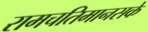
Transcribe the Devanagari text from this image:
रामचतिमानसके